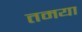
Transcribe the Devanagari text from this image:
तमया